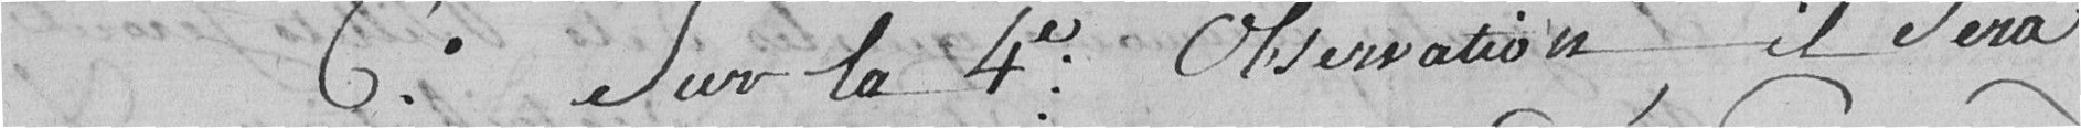
6e sur la 4e observation, il sera